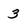
Character: 3